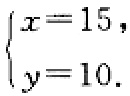
\(\begin{cases}

x = 15,\\

y = 10.

\end{cases}\)